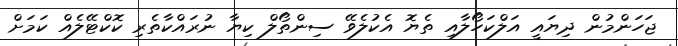
ޖަހަންމުން ދިޔައީ އަލްކަހޯލާއި ތެޔޮ އެކުލެވޭ ސިންތޯލް ކިޔާ ނުރައްކާތެރި ކޮކްޓޭލެއް ކަމަށް